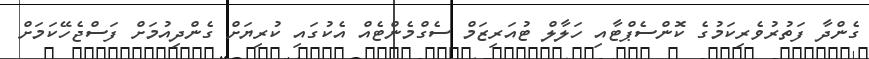
ގެންދާ ފަތުރުވެރިކަމުގެ ކޮންސެޕްޓާއި ހަލާލް ޓުއަރިޒަމް ސެގްމެންޓެއް އެކުގައި ކުރިޔަށް ގެންދިއުމަށް ފަސްޖެހޭކަމަށް